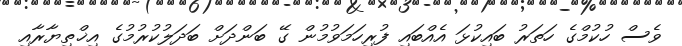
ވެސް ހުކުމްގެ ހަތަރު ބައިކުޅަ އެއްބައި ފުރިހަމަވުމުން ގޭ ބަންދަށް ބަދަލުކުރުމުގެ އިޚްތިޔާރާއި